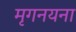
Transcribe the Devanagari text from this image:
मृगनयना